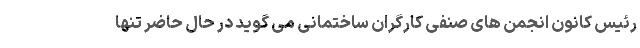
رئیس کانون انجمن های صنفی کارگران ساختمانی می گوید در حال حاضر تنها